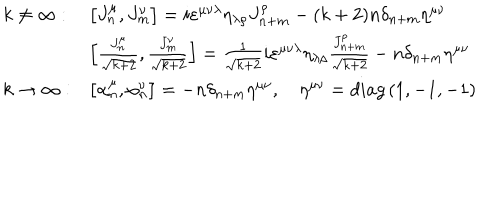
\begin{array} { l l } { { k \neq \infty : } } & { { \left[ J _ { n } ^ { \mu } , J _ { m } ^ { \nu } \right] = i \varepsilon ^ { \mu \nu \lambda } \eta _ { \lambda \rho } J _ { n + m } ^ { \rho } - ( k + 2 ) n \delta _ { n + m } \eta ^ { \mu \nu } } } \\ { { } } & { { \left[ \frac { J _ { n } ^ { \mu } } { \sqrt { k + 2 } } , \frac { J _ { m } ^ { \nu } } { \sqrt { k + 2 } } \right] = \frac 1 { \sqrt { k + 2 } } i \varepsilon ^ { \mu \nu \lambda } \eta _ { \lambda \rho } \frac { J _ { n + m } ^ { \rho } } { \sqrt { k + 2 } } - n \delta _ { n + m } \eta ^ { \mu \nu } } } \\ { { k \rightarrow \infty : } } & { { \left[ \alpha _ { n } ^ { \mu } , \alpha _ { n } ^ { \nu } \right] = - n \delta _ { n + m } \eta ^ { \mu \nu } , \quad \eta ^ { \mu \nu } = d i a g \left( 1 , - 1 , - 1 \right) } } \\ \end{array}